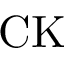
\mathrm { C K }